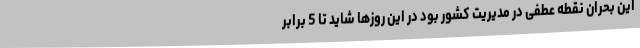
این بحران نقطه عطفی در مدیریت کشور بود در این روزها شاید تا 5 برابر